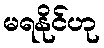
မရနိုင်ဟု